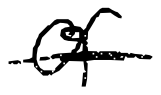
Text: of
Cross-out: single-line
Writing tool: digital_black